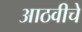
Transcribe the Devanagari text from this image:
आठवीचे